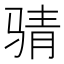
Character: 𮹉